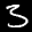
Label: 3